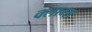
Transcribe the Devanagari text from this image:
क्लाम्स